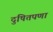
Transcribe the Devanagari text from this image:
दुषितपणा